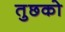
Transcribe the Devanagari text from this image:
तुछको